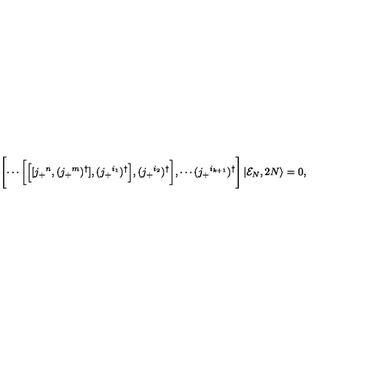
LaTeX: \Biggl [ \cdots \biggl [ \Bigl [ [ j _ { + } { } ^ { n } , ( j _ { + } { } ^ { m } ) ^ { \dagger } ] , ( j _ { + } { } ^ { i _ { 1 } } ) ^ { \dagger } \Bigr ] , ( j _ { + } { } ^ { i _ { 2 } } ) ^ { \dagger } \biggr ] , \cdots ( j _ { + } { } ^ { i _ { k + 1 } } ) ^ { \dagger } \Biggr ] \left| { \cal E } _ { N } , 2 N \right\rangle = 0 ,